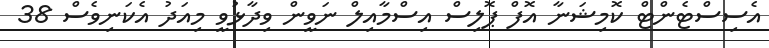
އެސިސްޓެންޓް ކޮމިޝަނާ އޮފް ޕޮލިސް އިސްމާއިލް ނަވީން ވިދާޅުވީ މިއަދު އެކަނިވެސް 38